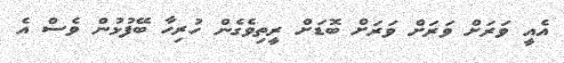
އެއީ ވަރަށް ވަރަށް ވަރަށް ބޮޑަށް ރީތިވެގެން ހުރިހާ ބޭފުޅުން ވެސް އެ